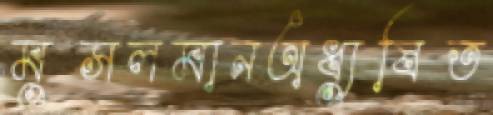
মুসলমানঅধ্যুষিত